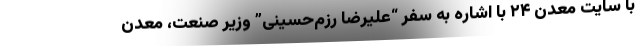
با سایت معدن ۲۴ با اشاره به سفر “علیرضا رزم‌حسینی” وزیر صنعت، معدن